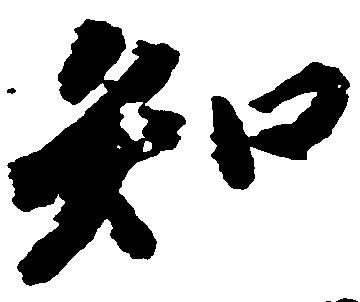
知